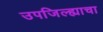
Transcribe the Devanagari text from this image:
उपजिल्ह्याचा